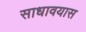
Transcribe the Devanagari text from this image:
साधावयास